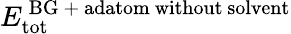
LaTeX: E_{\mathrm{tot}}^{\mathrm{\, BG\ +\ adatom\ without\ solvent}}